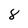
Character: 8